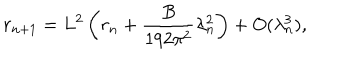
r _ { n + 1 } = L ^ { 2 } \left( r _ { n } + \frac { B } { 1 9 2 \pi ^ { 2 } } \lambda _ { n } ^ { 2 } \right) + O ( \lambda _ { n } ^ { 3 } ) ,